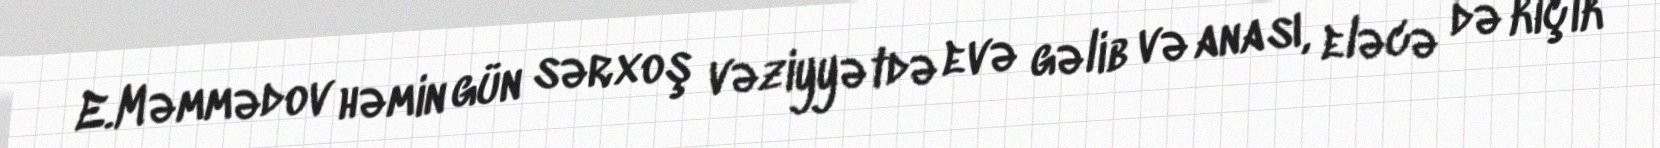
E.Məmmədov həmin gün sərxoş vəziyyətdə evə gəlib və anası, eləcə də kiçik